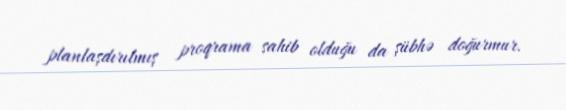
planlaşdırılmış proqrama sahib olduğu da şübhə doğurmur.